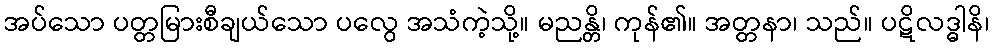
အပ်သော ပတ္တမြားစီချယ်သော ပလွေ အသံကဲ့သို့။ မညန္တိ၊ ကုန်၏။ အတ္တနာ၊ သည်။ ပဋိလဒ္ဓါနိ၊